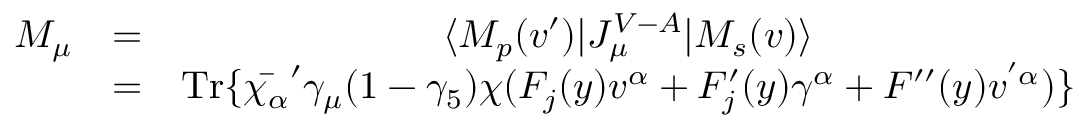
\begin{array} { c c c } { { M _ { \mu } } } & { { = } } & { { \langle M _ { p } ( v ^ { \prime } ) | J _ { \mu } ^ { V - A } | M _ { s } ( v ) \rangle } } \\ { { } } & { { = } } & { { \mathrm { T r } \{ \bar { \chi _ { \alpha } } ^ { \prime } \gamma _ { \mu } ( 1 - \gamma _ { 5 } ) \chi ( F _ { j } ( y ) v ^ { \alpha } + F _ { j } ^ { \prime } ( y ) \gamma ^ { \alpha } + F ^ { \prime \prime } ( y ) v ^ { ' \alpha } ) \} } } \end{array}